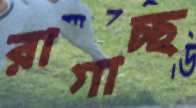
রাগাচ্ছ